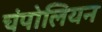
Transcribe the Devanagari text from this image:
चंपोलियन